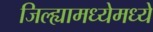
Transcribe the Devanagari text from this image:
जिल्ह्यामध्येमध्ये